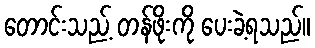
တောင်းသည့် တန်ဖိုးကို ပေးခဲ့ရသည်။